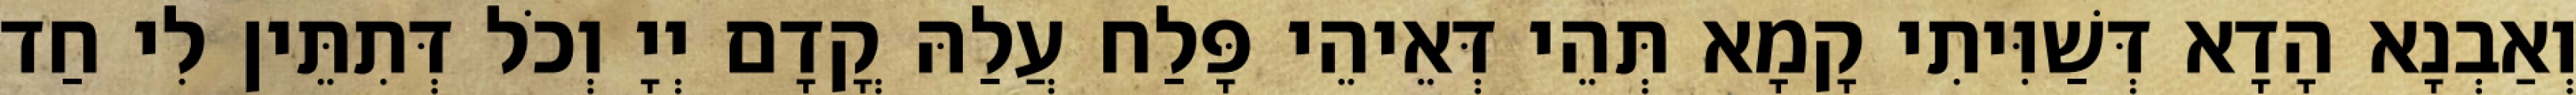
וְאַבְנָא הָדָא דְּשַׁוִּיתִי קָמָא תְּהֵי דְּאֵיהֵי פָּלַח עֲלַהּ קֳדָם יְיָ וְכֹל דְּתִתֵּין לִי חַד